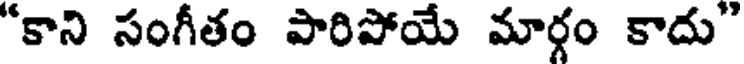
"కాని సంగీతం పారిపోయే మార్గం కాదు"